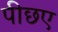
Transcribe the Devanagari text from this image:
पीछए